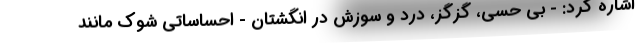
اشاره کرد: - بی حسی، گزگز، درد و سوزش در انگشتان - احساساتی شوک مانند